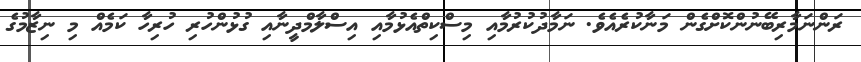
ރަންނަމާރިބޭނުންކޮށްގެން މަނާކުރެއެވެ. ނަމާދުކުރުމާއި މިސްކިތްއެޅުމާއި އިސްލާމްދީނާއި ގުޅުންހުރި ހުރިހާ ކަމެއް މި ނިޒާމުގެ